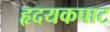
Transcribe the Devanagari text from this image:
हृदयकपाट